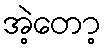
အဲ့တော့